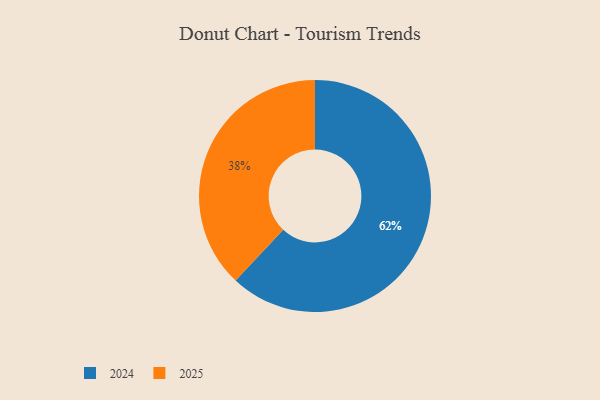
{"axis": {"x": "Category", "y": "Percentage"}, "legend": ["2024", "2025"], "data": [{"x": "2025", "y": 38, "type": "2025"}, {"x": "2024", "y": 62, "type": "2024"}]}